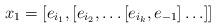
LaTeX: \begin{align*}x_1 = [e_{i_1},[e_{i_2},\ldots[e_{i_k},e_{-1}]\ldots]]\end{align*}